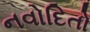
નવોદિતો